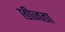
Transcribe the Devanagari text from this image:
छीजता